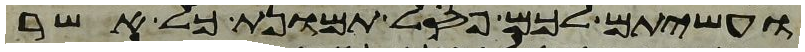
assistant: ועשיתם לכם פסל תמונת כל אשר